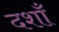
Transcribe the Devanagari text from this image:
दशाँ